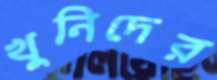
খুনিদের